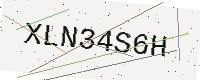
Text: XLN34S6H